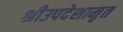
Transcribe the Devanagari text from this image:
श्रीउपदेशामृत